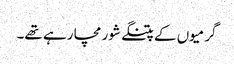
گرمیوں کے پتنگے شور مچا رہے تھے۔